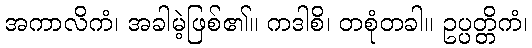
အကာလိကံ၊ အခါမဲ့ဖြစ်၏။ ကဒါစိ၊ တစုံတခါ။ ဥပ္ပတ္တိကံ၊